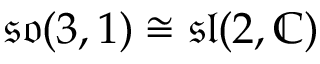
{ \mathfrak { s o } } ( 3 , 1 ) \cong { \mathfrak { s l } } ( 2 , \mathbb { C } )